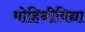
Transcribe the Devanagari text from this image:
मोहिनीविद्या